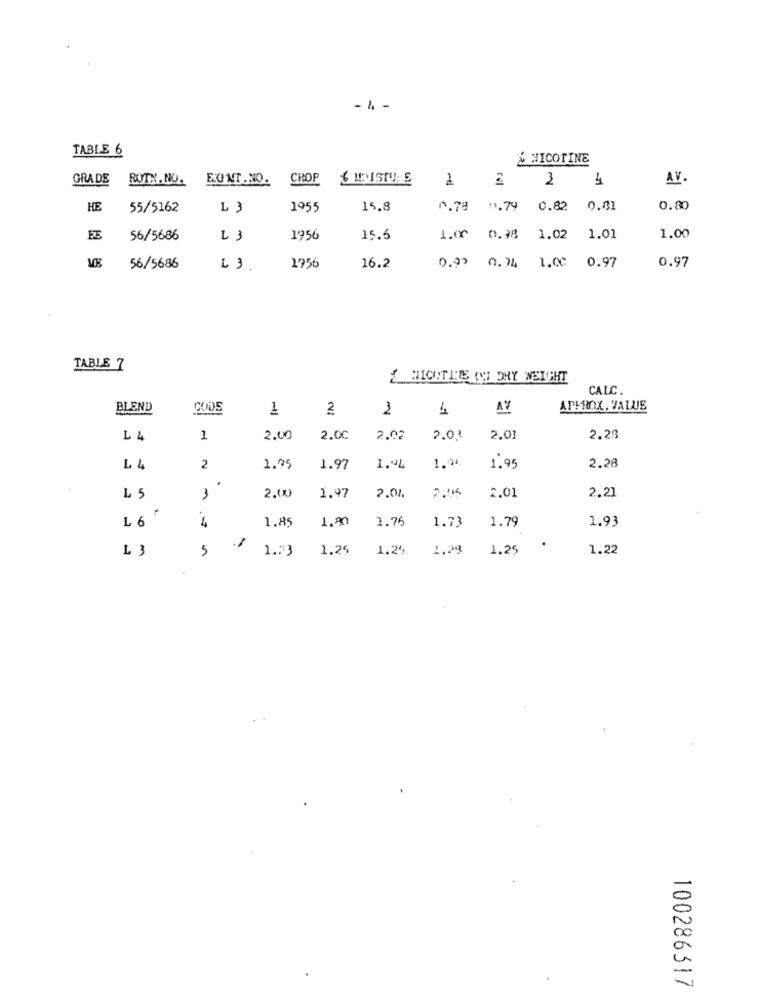
-1 -
TABLE 6
& NICOTINE
GRADE
RUTH.NO.
CHOP
6 MOISTURE
1
2
2
4
AV.
HE
55/5162
L 3
1955
15.8
0.78 0.79
0.82
0.81
0.80
56/5686
23
1956
15.6
1.00
0.98
1.02
1.01
1.00
0.00
0.74
0.97
56/5686
13.
1956
16.2
1.00
0.97
TABLE 7
{ NICOTINE (WI OHY WEIGHT
CALC
BLEND
CODE
1
2
2
1
AV
APHROX. VALUE
L
1
2.00
2.00
2.02
2.02
2.01
2.29
1.04
2
1.95
1.97
1.04
1.95
2,28
.
L 5
2.00)
2.01.
2.01
2.21
3
1.97
7.005
L 6
4
1.85
1,90
1.76
1.79
1.93
1.73
.
13
5
1.33
1.25
1.25
1.28
1.25
1.22
0
00
-
100286317